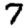
Digit: 7